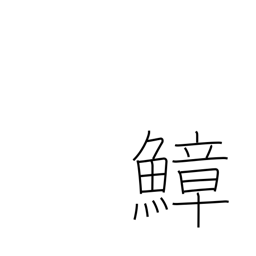
Meaning: octopus